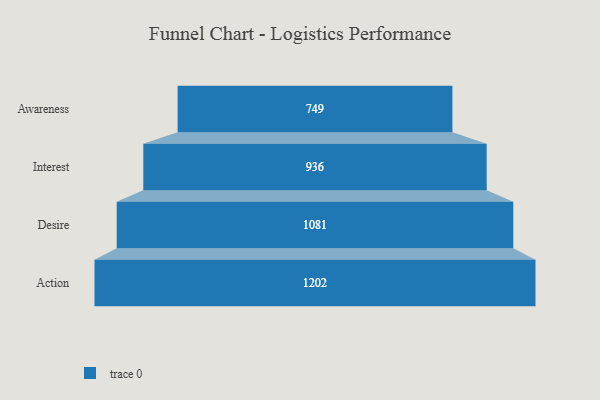
{"axis": {"x": "Stage", "y": "Value"}, "legend": [""], "data": [{"x": "Awareness", "y": 749.0, "type": ""}, {"x": "Interest", "y": 936.0, "type": ""}, {"x": "Desire", "y": 1081.0, "type": ""}, {"x": "Action", "y": 1202.0, "type": ""}]}